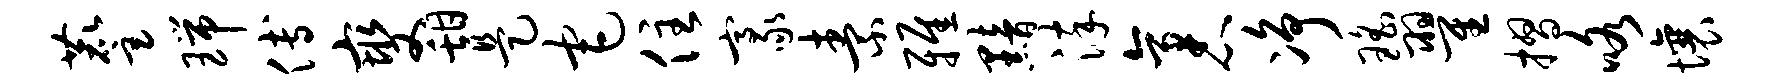
麈瑞傅燮甜是宅住豪素雅黯淬袤净瑶翟摺咯壤